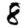
Digit: 8